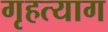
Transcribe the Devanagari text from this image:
गृहत्‍याग